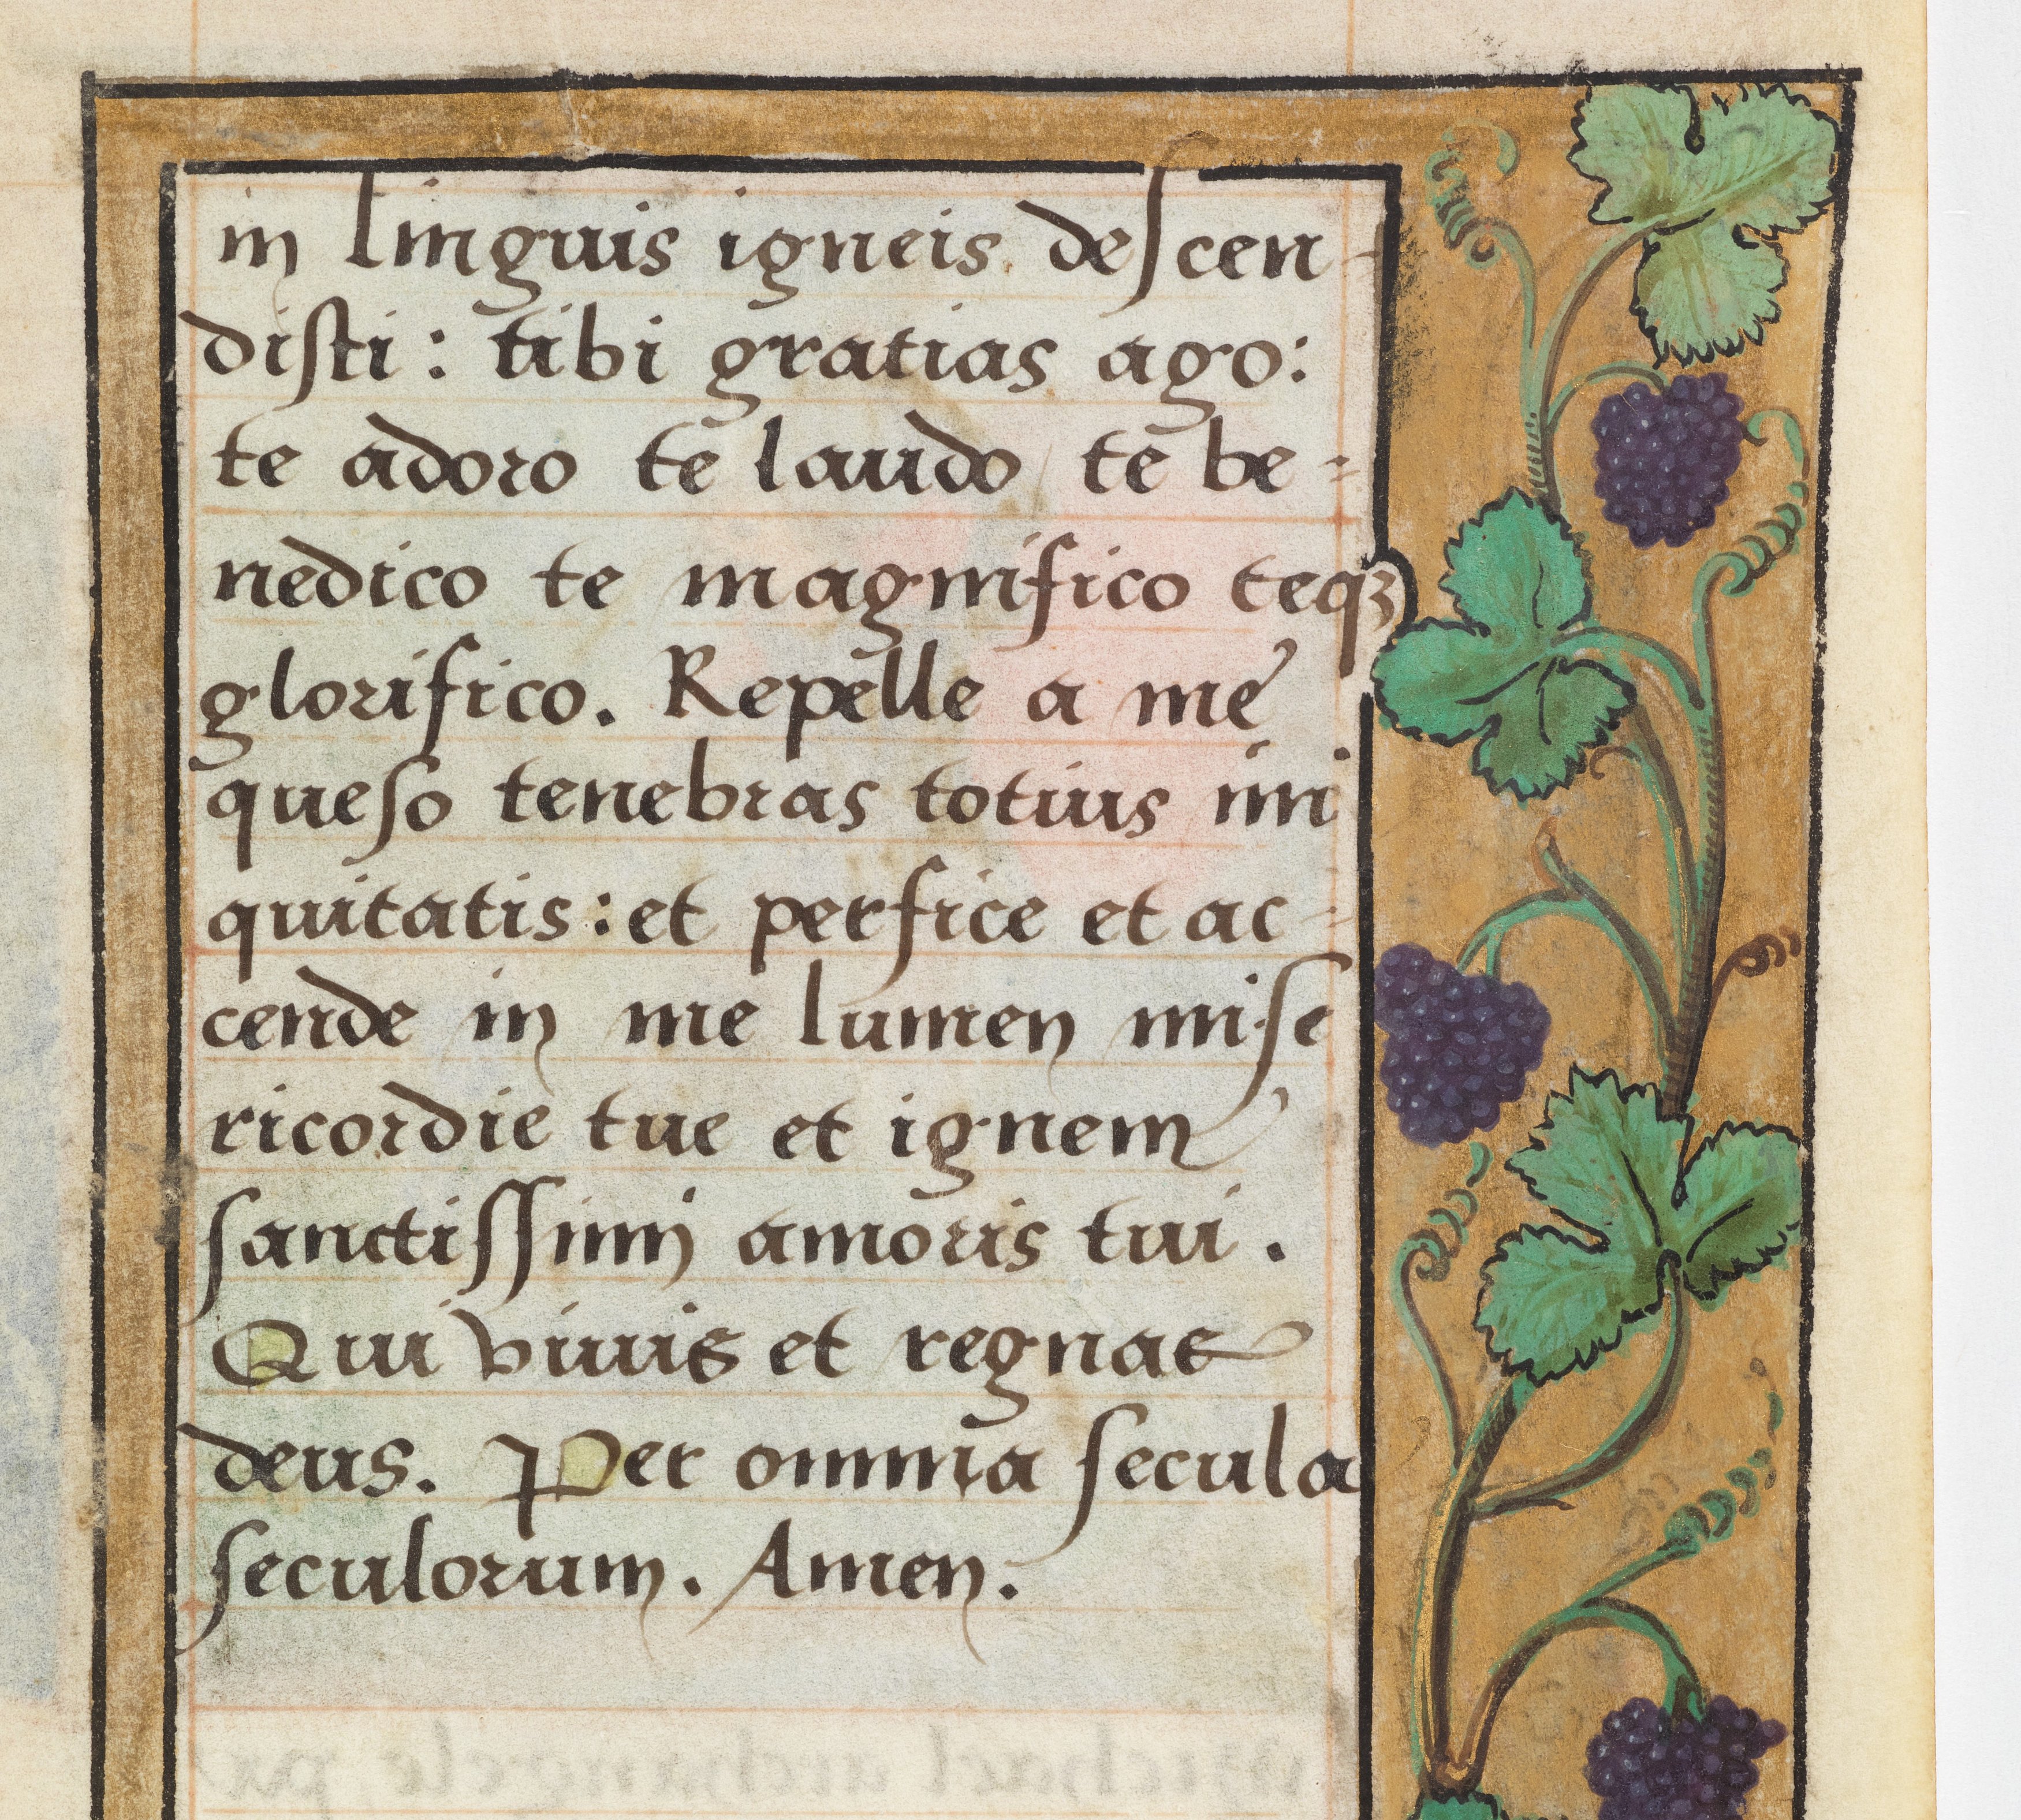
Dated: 1524–1524